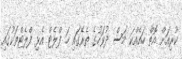
ކުރިއަށް އޮތް ހައެއްކަ މަސް ދުވަހުގެ ތެރޭގައި ހަ ފްލެޓް އެޅި ފްލެޓްތަކުގައި